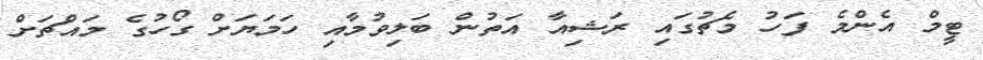
ޓީމް އެންމެ ފަހު މެޗުގައި ރަޝިއާ އަތުން ބަލިވުމާއި ހަމަޔަށް ގޯހުގެ މައްޗަށް